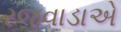
રજવાડાએ